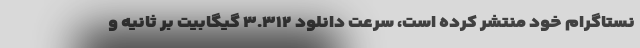
نستاگرام خود منتشر کرده است، سرعت دانلود ۳.۳۱۲ گیگابیت بر ثانیه و